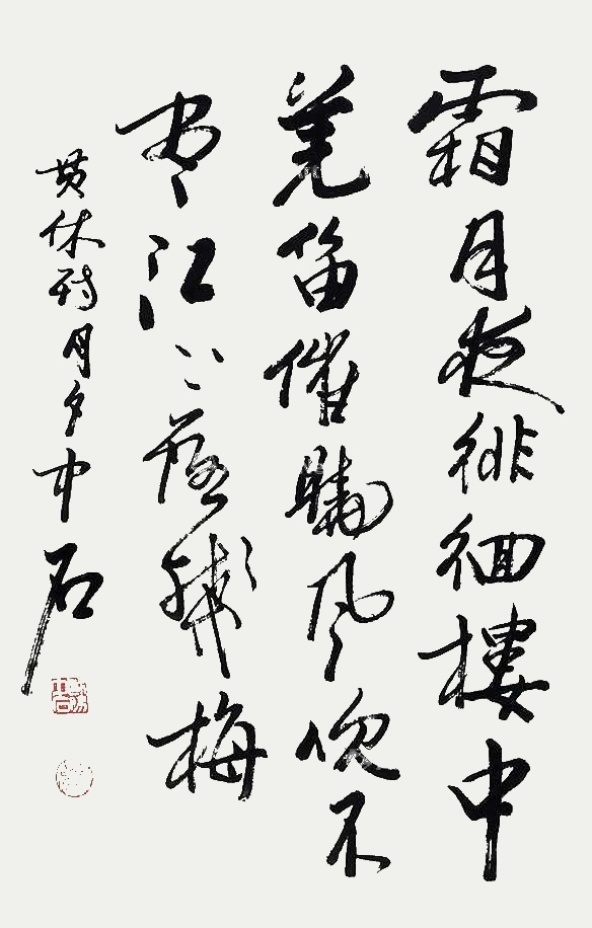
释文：霜月夜徘徊，楼中羌笛催。晓风吹不尽，江上落残梅。贯休诗《月夕》，中石。